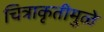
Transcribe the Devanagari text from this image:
चित्राकृतीमुळे